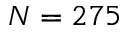
N = 2 7 5